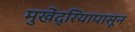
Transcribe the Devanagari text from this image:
मुखेंद्रियापासून